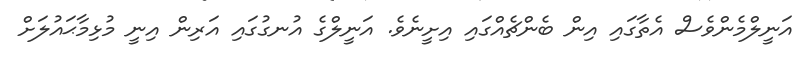
އަނީލްމެންވެސް އެތާގައި އިން ބެންޗެއްގައި އިށީނެވެ. އަނީލްގެ އުނގުގައި އަރިން އިނީ މުޅިމާޙައުލަށް